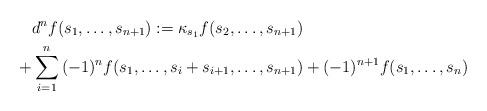
LaTeX: \begin{align*} d^nf(s_1,\ldots,s_{n+1}) :=\kappa_{s_1}f(s_2,\ldots,s_{n+1}) &\\ +\sum_{i=1}^n{(-1)^nf(s_1,\ldots,s_i+ s_{i+1},\ldots,s_{n+1})} &+(-1)^{n+1}f(s_1,\ldots,s_n)\end{align*}